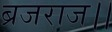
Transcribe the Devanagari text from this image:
ब्रजराज।।